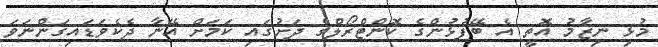
މުޅި ނިޒާމު އޮތީ އެ ބޭފުޅުންގެ ކޮންޓްރޯލްގެ ދަށުގައި ކަމަށް އޭނާ ދެކެވަޑައިގަންނަވަ